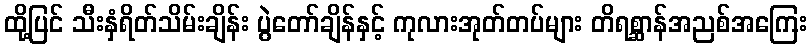
ထို့ပြင် သီးနှံရိတ်သိမ်းချိန်း ပွဲတော်ချိန်နှင့် ကုလားအုတ်တပ်များ တိရစ္ဆာန်အညစ်အကြေး